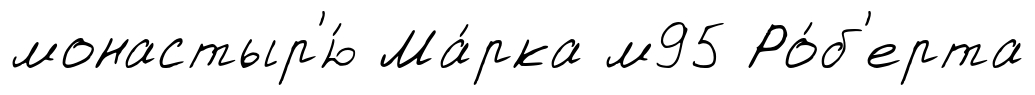
монастыр'ю́ Ма́рка м95 Ро́б'ерта